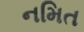
નમિત